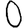
Digit: 0